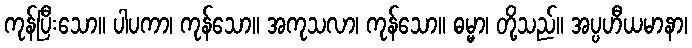
ကုန်ပြီးသော။ ပါပကာ၊ ကုန်သော။ အကုသလာ၊ ကုန်သော။ ဓမ္မာ၊ တို့သည်။ အပ္ပဟီယမာနာ၊